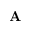
\mathbf { A }